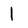
Character: l